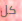
كل